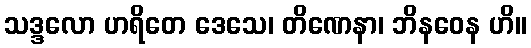
သဒ္ဒလော ဟရိတေ ဒေသေ၊ တိဏေနာ၊ ဘိနဝေန ဟိ။